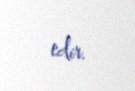
edir.